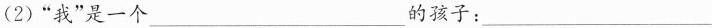
(2)”我”是一个___的孩子：___